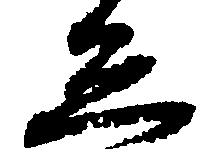
ゑ